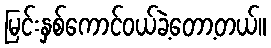
မြင်းနှစ်ကောင်ဝယ်ခဲ့တော့တယ်။